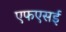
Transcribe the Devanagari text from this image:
एफएसई